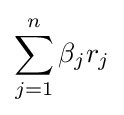
\sum _{j=1}^{n}\beta _{j}r_{j}